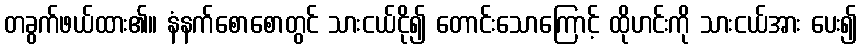
တခွက်ဖယ်ထား၏။ နံနက်စောစောတွင် သားငယ်ငို၍ တောင်းသောကြောင့် ထိုဟင်းကို သားငယ်အား ပေး၍